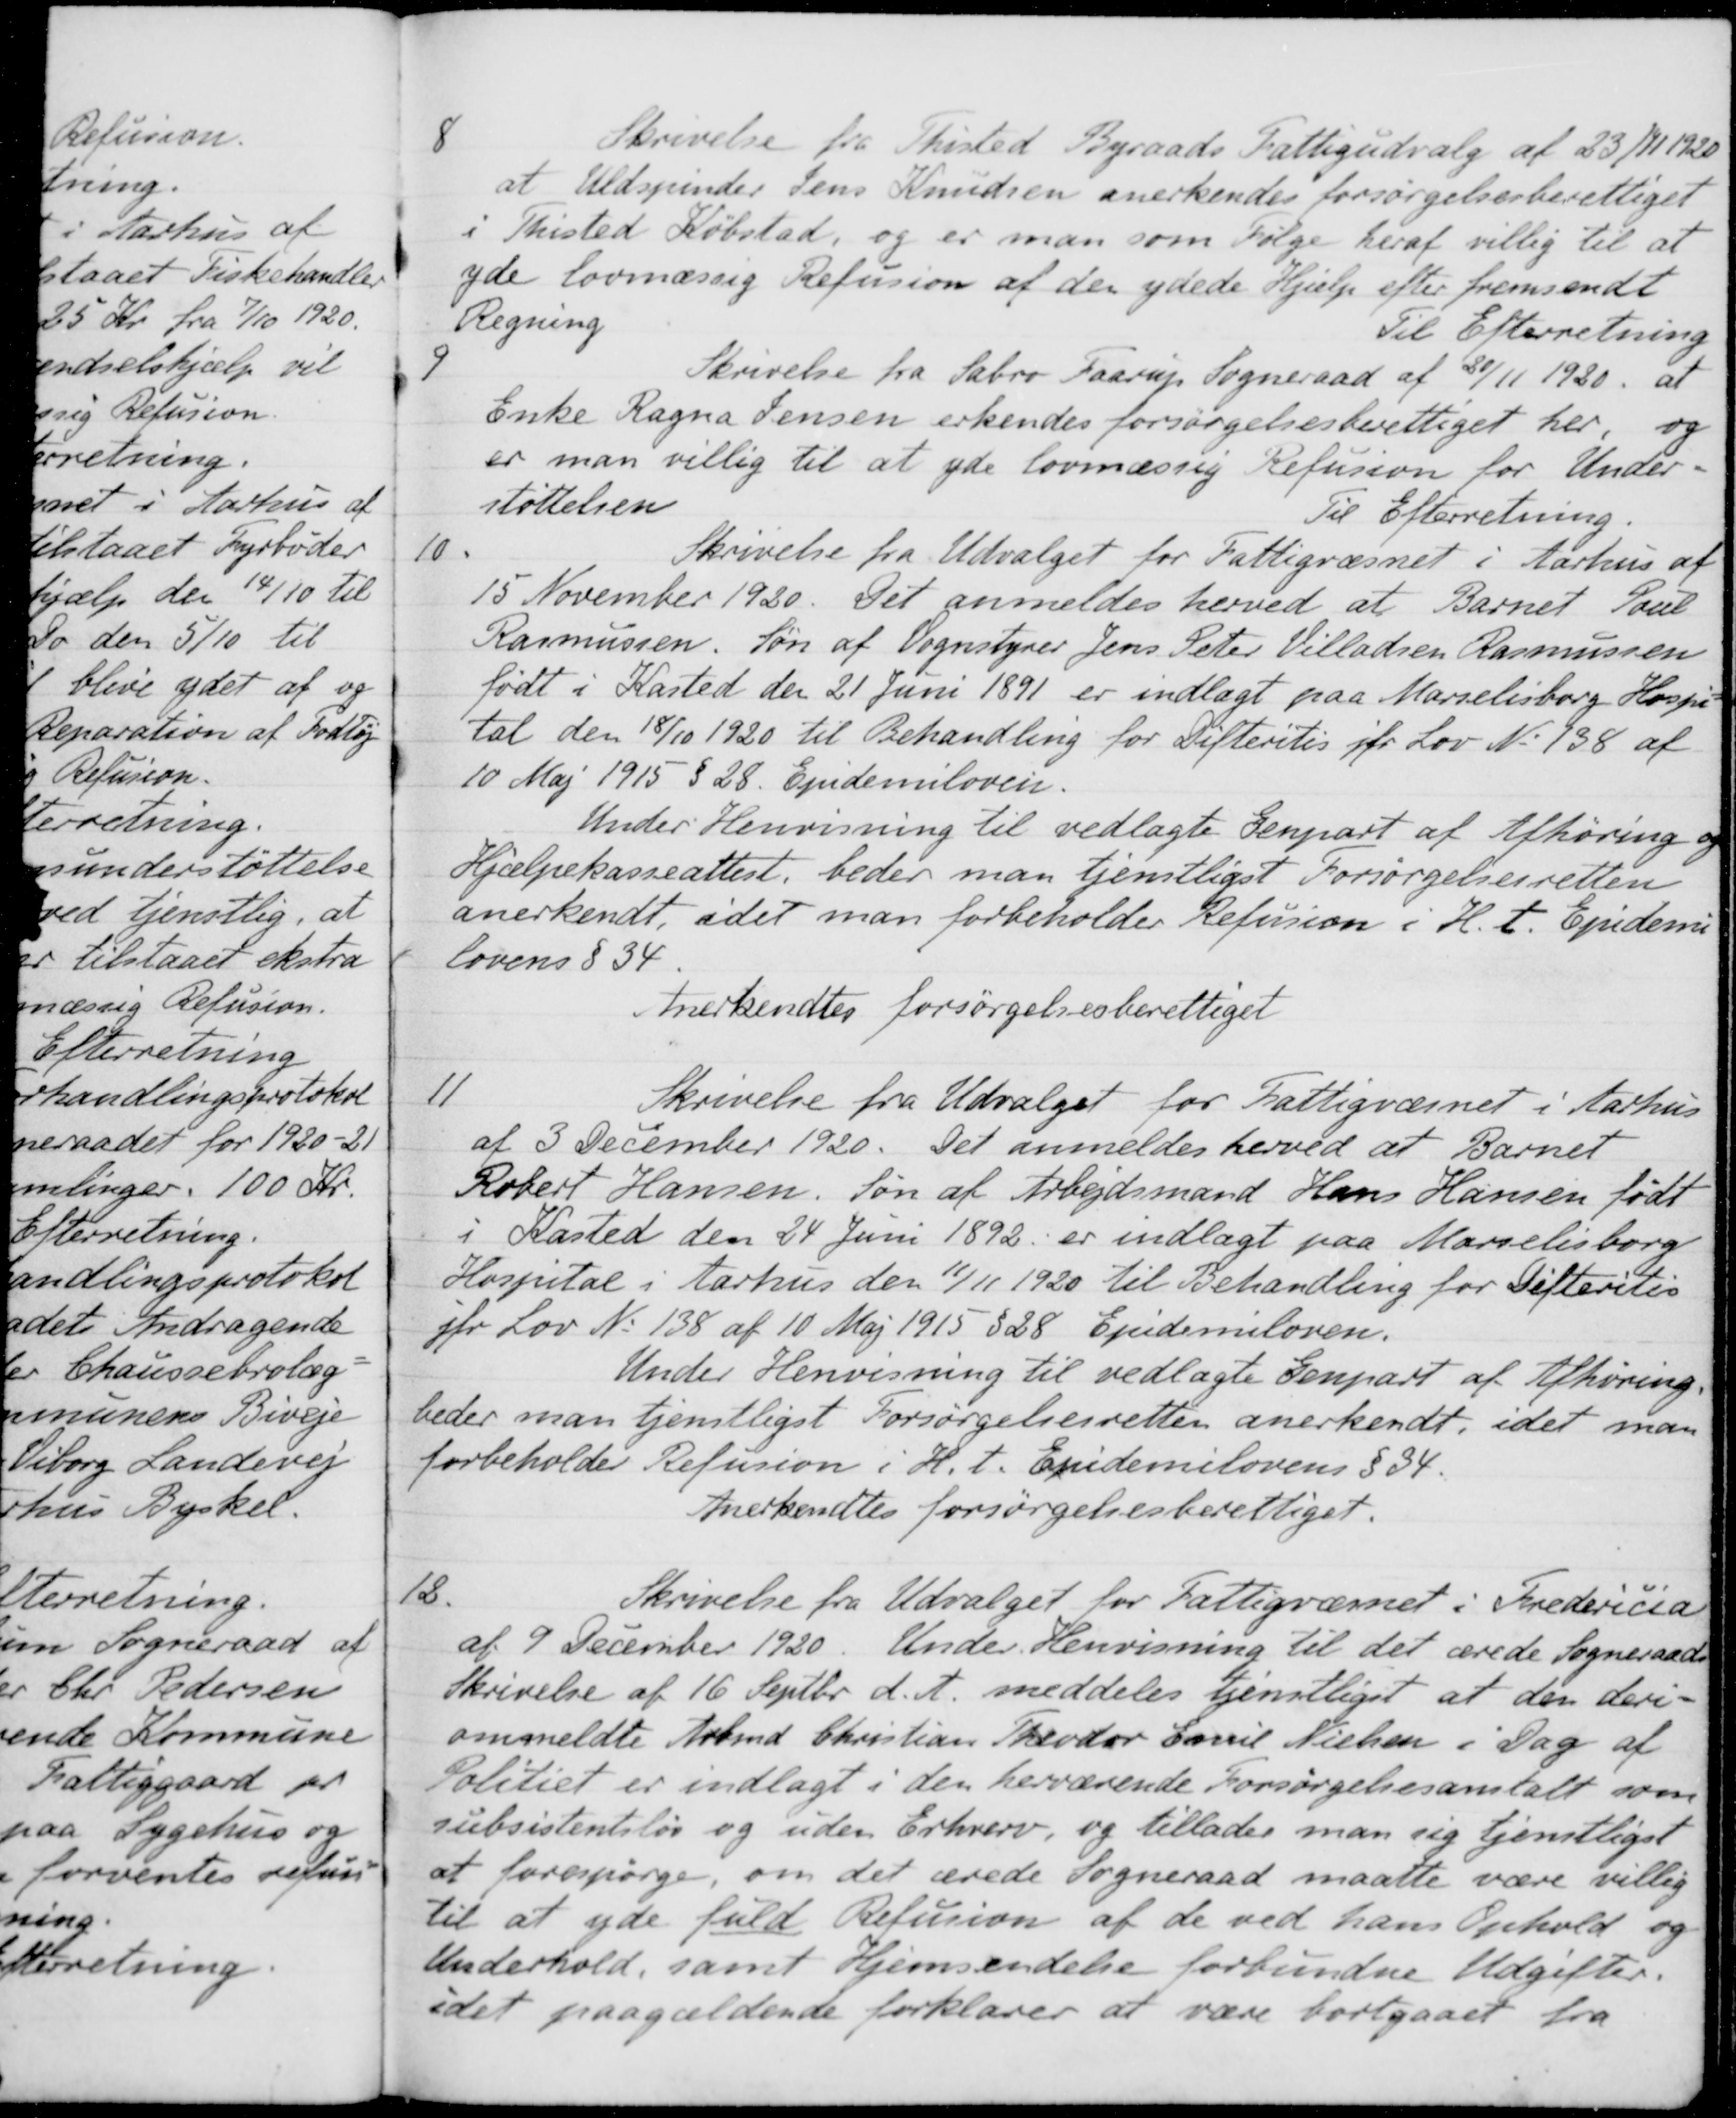
Transskription:
8
Skrivelse fra Thisted Byraads Fattigudvalg af 23/11 1920
at Uldspinder Jens Knudsen anerkendes forsørgelsesberettiget
i Thisted Købstad, og er man som Følge heraf villig til at
yde lovmæssig Refusion af den ydede Hjælp efter fremsendt
Regning
Til Efterretning
9
Skrivelse fra Sabro Faarup Sogneraad af 20/11 1920 at
Enke Ragna Jensen erkendes forsørgelsesberettiget her, og
er man villig til at yde lovmæssig Refusion for Under-
støttelsen
Til Efterretning
10.
Skrivelse fra Udvalget for Fattigvæsnet i Aarhus af
15 November 1920. Det anmeldes herved at Barnet Poul
Rasmussen. Søn af Vognstyrer Jens Peter Villadsen Rasmussen
født i Kasted den 21 Juni 1891 er indlagt paa Marselisborg Hospi-
tal den 18/10 1920 til Behandling for Difteritis jfr Lov N. 138 af
10 Maj 1915 § 28. Ejndemiloven.
Under Henvisning til vedlagte Genpart af Afhøring og
Hjælpekasseattest, beder man tjenstligst Forsørgelsesretten
anerkendt, idet man forbeholder Refusion i H. t. Ejndemi-
lovens § 34
Anerkendtes forsørgelsesberettiget
11
Skrivelse fra Udvalget for Fattigvæsnet i Aarhus
af 3 December 1920. Det anmeldes herved at Barnet
Robert Hansen, Søn af Arbejdsmand Hans Hansen født
i Kasted den 24 Juni 1892 er indlagt paa Marselisborg
Hospital i Aarhus den 11/11 1920 til Behandling for Difteritis
jfr Lov No 138 af 10 Maj 1915 § 28 Epidemiloven.
Under Henvisning til vedlagte Genpart af Afhøring.
beder man tjenstligst Forsørgelsesretten anerkendt, idet man
forbeholder Refusion i H. t. Epidemilovens § 34.
Anerkendtes forsørgelsesberettiget.
18.
Skrivelse fra Udvalget for Fattigvæsnet i Fredericia
af 9 December 1920. Under Henvisning til det ærede Sogneraads
Skrivelse af 16 Septbr. d. A. meddeles tjenstliget at den deri-
ommeldte Arbmd. Christian Theodor Emil Nielsen i Dag af
Politiet er indlagt i den herværende Forsørgelsesanstalt som
subsistentsløs og uden Erhverv, og tillader man sig tjenstligst
at forespørge, om det ærede Sogneraad maatte være villig
til at yde fuld Refusion af de ved hans Ophold og
Underhold, samt Hjemsendelse forbundne Udgifter.
idet paagældende forklarer at være bortgaaet fra